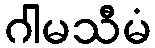
ဂါမသီမံ